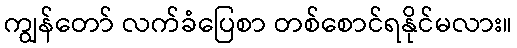
ကျွန်တော် လက်ခံပြေစာ တစ်စောင်ရနိုင်မလား။